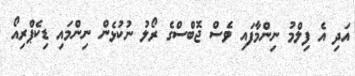
އަދި އެ ފިލްމު ނިންމާފައި ވެސް ޖޮބްސްގެ ރޯލު ނުކުޅެން ނިންމައި ޑިކެޕްރިއޯ